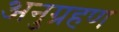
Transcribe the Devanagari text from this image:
अनुग्रहण